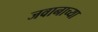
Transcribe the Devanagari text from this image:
जवानाच्या